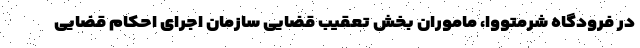
در فرودگاه شرمتووا، ماموران بخش تعقیب قضایی سازمان اجرای احکام قضایی